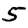
Digit: 5